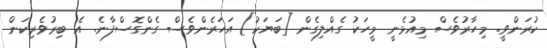
ކުރަންވީ. މިހާރުވެސް މިއުޅެނީ މީހަކު ގެއްލިގެން [ބަޔަކު] އަހަރެންވެސް ގެންގޮސްފާނެ. އެ ބިރުވެރިކަން